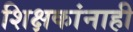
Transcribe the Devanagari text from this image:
शिक्षकांनाही